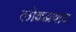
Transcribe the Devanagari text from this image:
लोकप्रवाद